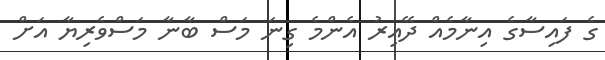
ގެ ފައިސާގެ އިނާމެއް ދޭއިރު އެންމެ ގިނަ މަސް ބާނާ މަސްވެރިޔާ އަށް